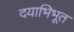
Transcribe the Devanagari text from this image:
दयाभिभूत